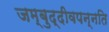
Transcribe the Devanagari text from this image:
जम्बुद्दीवपन्नति